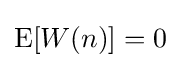
\operatorname {E} [W(n)]=0